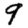
Digit: 9